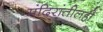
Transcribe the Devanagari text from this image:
मंदिरांतीलही